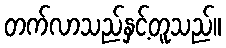
တက်လာသည်နှင့်တူသည်။